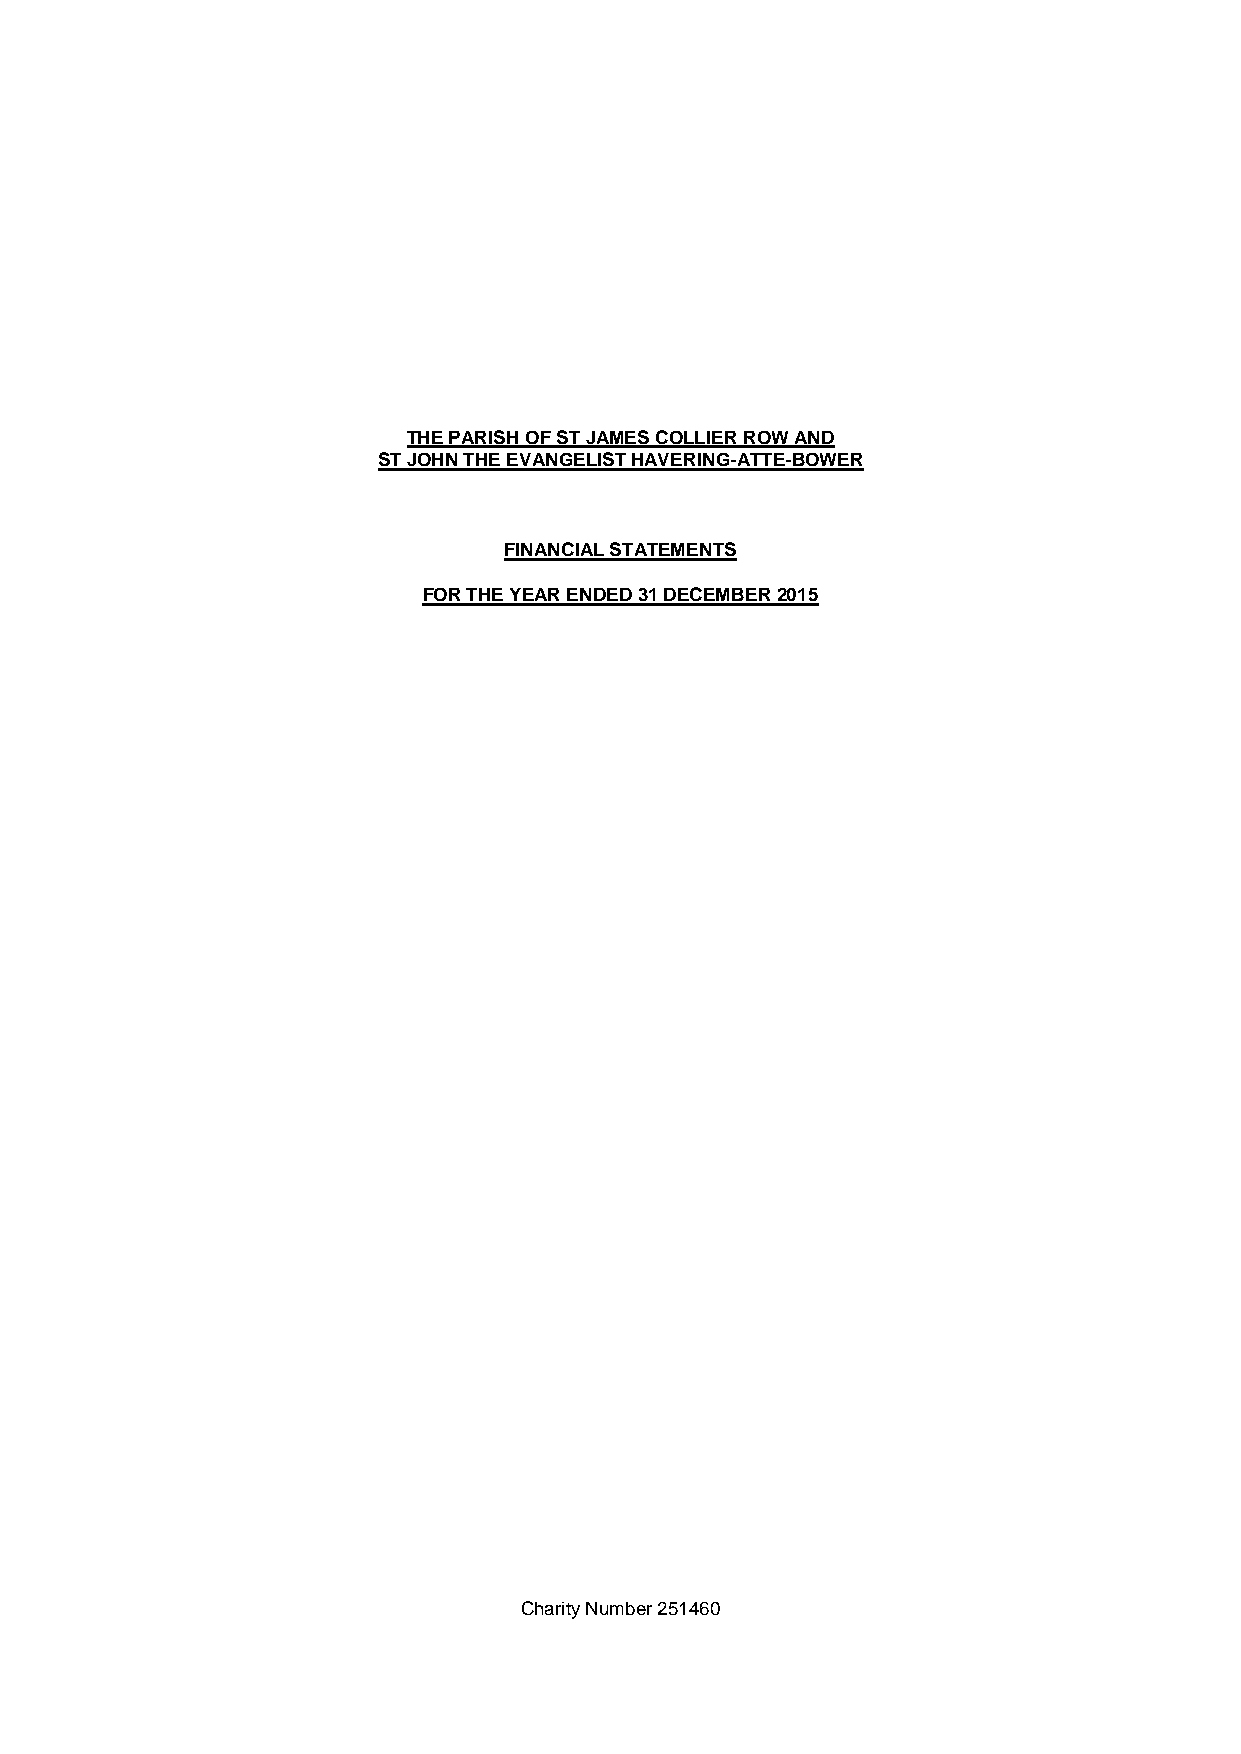
THE PARISH OF ST JAMES COLLIER ROW AND
 ST JOHN THE EVANGELIST HAVERING-ATTE-BOWER
 FINANCIAL STATEMENTS
 FOR THE YEAR ENDED 31 DECEMBER 2015
 Charity Number 251460